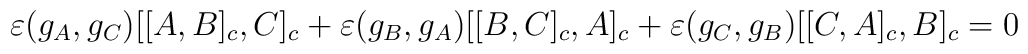
\varepsilon (g_{A},g_{C})[[A,B]_{c},C]_{c}+\varepsilon(g_{B},g_{A})[[B,C]_{c},A]_{c}+\varepsilon (g_{C},g_{B})[[C,A]_{c},B]_{c}=0